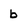
Character: b